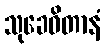
သုခေဓိတာနံ